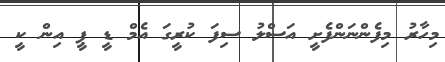
މިހާރު މިފެންނަންފެށީ އަސްލު ސިފަ ކުރީގަ އެމް ޑީ ޕީ އިން ކީ